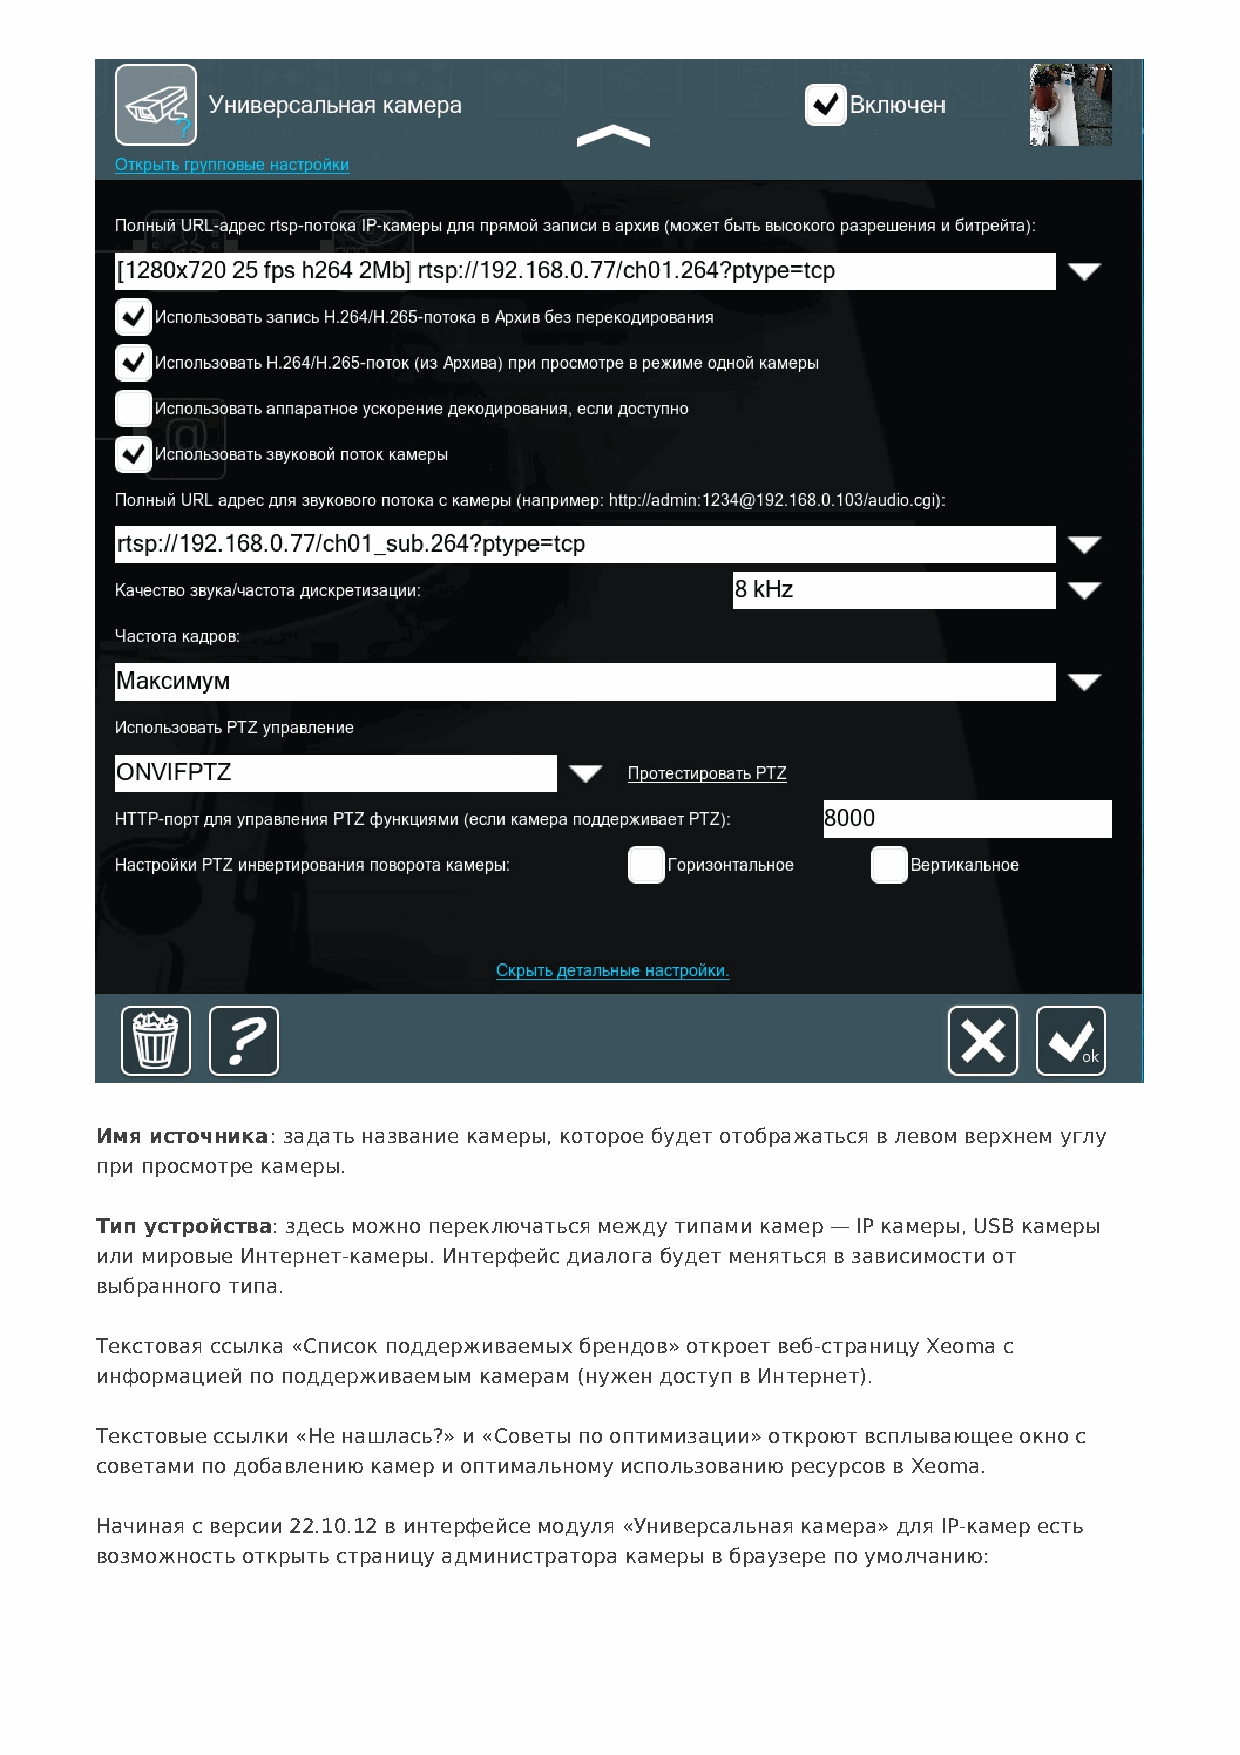
Имя источника: задать название камеры, которое будет отображаться в левом верхнем углу
 при просмотре камеры.
 Тип устройства: здесь можно переключаться между типами камер — IP камеры, USB камеры
 или мировые Интернет-камеры. Интерфейс диалога будет меняться в зависимости от
 выбранного типа.
 Текстовая ссылка «Список поддерживаемых брендов» откроет веб-страницу Xeoma с
 информацией по поддерживаемым камерам (нужен доступ в Интернет).
 Текстовые ссылки «Не нашлась?» и «Советы по оптимизации» откроют всплывающее окно с
 советами по добавлению камер и оптимальному использованию ресурсов в Xeoma.
 Начиная с версии 22.10.12 в интерфейсе модуля «Универсальная камера» для IP-камер есть
 возможность открыть страницу администратора камеры в браузере по умолчанию: